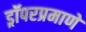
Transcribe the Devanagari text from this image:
ड्रॉपरप्रमाणे